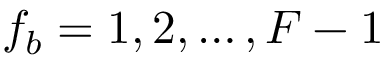
f _ { b } = 1 , 2 , \ldots , F - 1